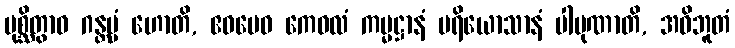
ပုစ္ဆိတွာဝ ဂန္တဗ္ဗံ ဟောတိ, ဧဝမေဝ ကေဝလံ ကမ္မဋ္ဌာနံ ပရိယောသာနံ ပါပုဏာတိ, အဝိဘူတံ